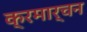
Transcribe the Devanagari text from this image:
क्रमार्चन